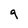
Character: q